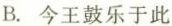
B.今王鼓乐于此